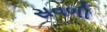
સવળી